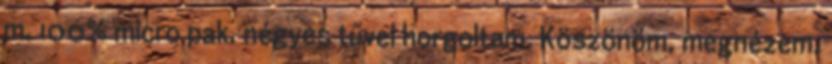
m, 100% micro pak. négyes tűvel horgoltam. Köszönöm, megnézem,